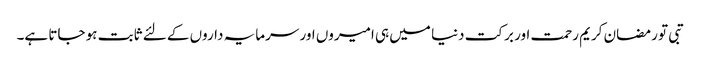
تبی تو رمضان کریم رحمت اور برکت دنیا میں ہی امیروں اور سرمایہ داروں کے لئے ثابت ہو جاتا ہے۔